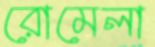
রোমেলা